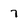
Character: 7